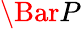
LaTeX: \Bar{P}